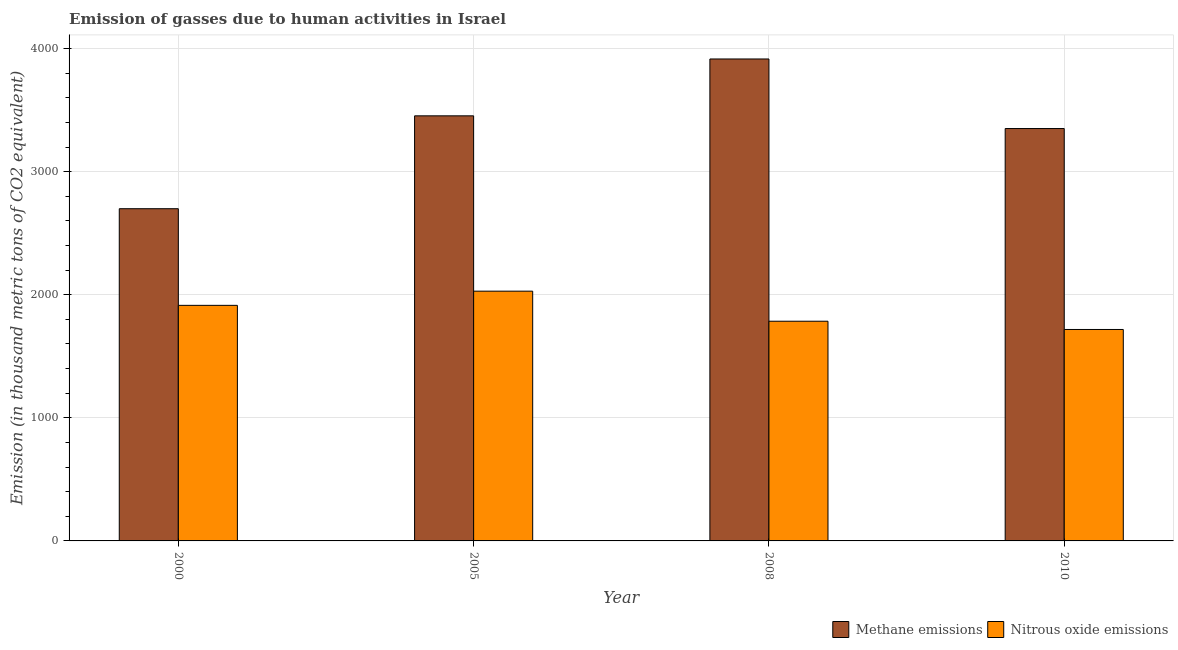
| Year | Methane emissions | Nitrous oxide emissions |
 | --- | --- | --- |
 | 2000 | 2.7e+03 | 1.91e+03 |
 | 2005 | 3.45e+03 | 2.03e+03 |
 | 2008 | 3.92e+03 | 1.78e+03 |
 | 2010 | 3.35e+03 | 1.72e+03 |